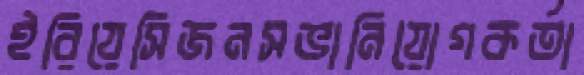
ইরিয়েসিজনসভানিয়োগকর্তা